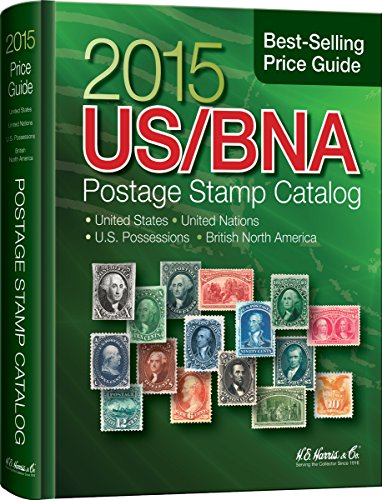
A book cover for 2015 US/BNA Postage Stamp Catalog; H. E. Harris; Crafts, Hobbies & Home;